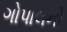
ગોપાલનો